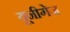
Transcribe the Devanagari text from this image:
यूनीगेज